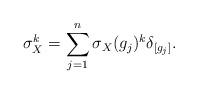
LaTeX: \begin{align*}\sigma_X^k = \sum_{j=1}^n\sigma_X(g_j)^k\delta_{[g_j]}.\end{align*}